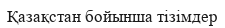
Қазақстан бойынша тізімдер